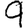
Digit: 9